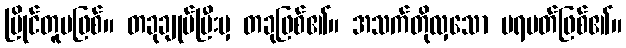
ပြိုင်တူမဖြစ်။ တခုချုပ်ပြီးမှ တခုဖြစ်၏။ အသက်တိုလှသော ပရမတ်ဖြစ်၏။